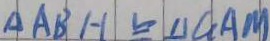
\Delta A B H \cong \Delta G A M